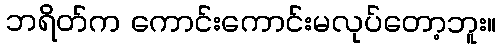
ဘရိတ်က ကောင်းကောင်းမလုပ်တော့ဘူး။